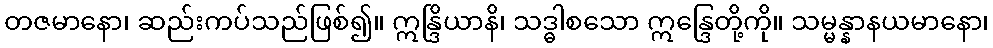
တဇမာနော၊ ဆည်းကပ်သည်ဖြစ်၍။ ဣန္ဒြိယာနိ၊ သဒ္ဓါစသော ဣန္ဒြေတို့ကို။ သမ္မန္နာနယမာနော၊